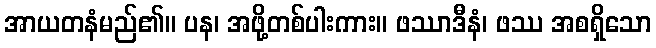
အာယတနံမည်၏။ ပန၊ အဖို့တစ်ပါးကား။ ဖဿာဒီနံ၊ ဖဿ အစရှိသော